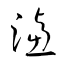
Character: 濾